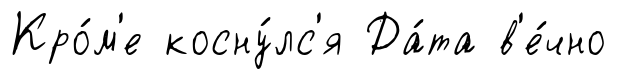
Кро́м'е косну́лс'я Да́та в'е́чно